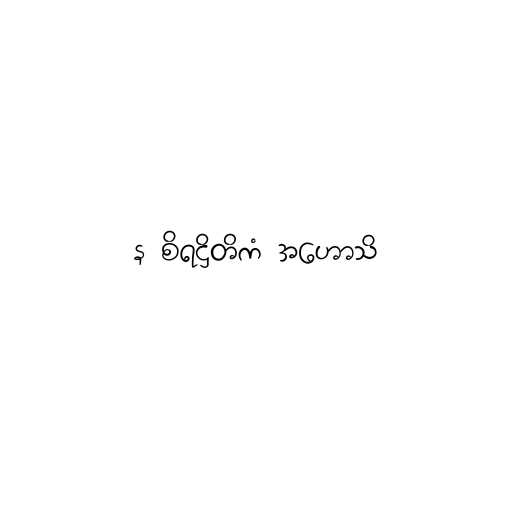
န စိရဋ္ဌိတိကံ အဟောသိ